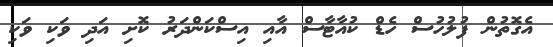
އެގޮތުން ފުލުހުސް ހެޑް ކުއާޓާސް އާއި އިސްކަންދަރު ކޮށި އަދި ވަކި ވަކި